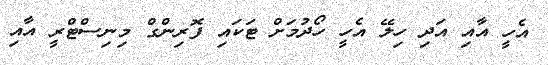
އެހީ އާއި އަދި ހިލޭ އެހީ ހޯދުމަށް ޓަކައި ފޮރިންގް މިނިސްޓްރީ އާއި